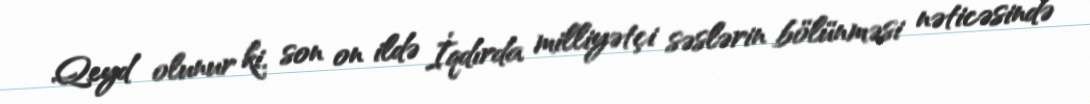
Qeyd olunur ki, son on ildə İqdırda milliyətçi səslərin bölünməsi nəticəsində